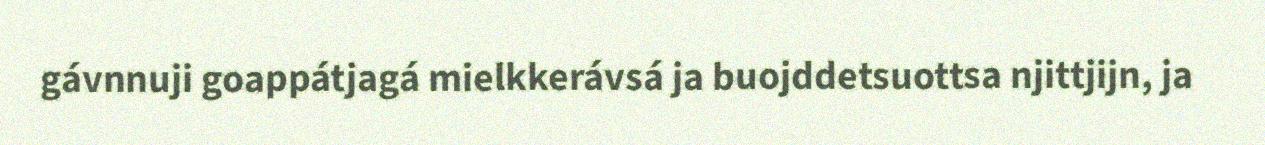
gávnnuji goappátjagá mielkkerávsá ja buojddetsuottsa njittjijn, ja